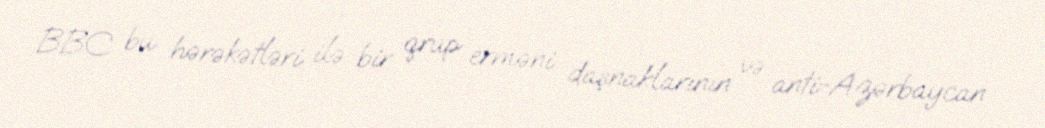
BBC bu hərəkətləri ilə bir qrup erməni daşnaklarının və anti-Azərbaycan